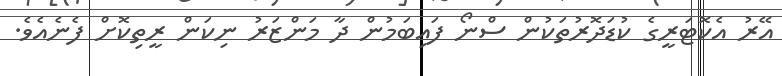
އޭރު އެކޮޓަރީގެ ކުޑަދޮރުތަކުން ސްނޯ ފައިބަމުން ދާ މަންޒަރު ނިކަން ރީތިކޮށް ފެނެއެވެ.